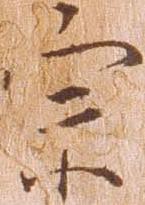
宗